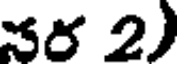
నర 2)